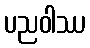
ပညဝါဿ